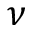
\nu